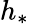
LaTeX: h_{*}